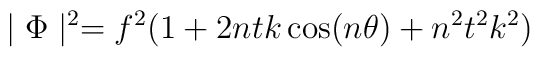
\mid \Phi \mid^{2} = f^{2}(1+2ntk \cos(n \theta) + n^{2} t^{2} k^{2} )